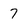
Character: 7